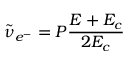
\widetilde { \nu } _ { e ^ { - } } = P \frac { E + E _ { c } } { 2 E _ { c } }